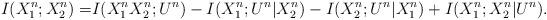
LaTeX: \begin{align*}I(X_1^n;X_2^n)=& I(X_1^nX_2^n;U^n)-I(X_1^n;U^n|X_2^n)-I(X_2^n;U^n|X_1^n)+I(X_1^n;X_2^n|U^n).\end{align*}